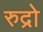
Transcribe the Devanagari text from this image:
रुद्रो